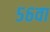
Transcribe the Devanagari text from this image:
५६वा